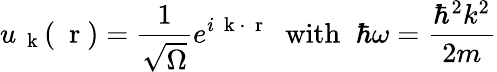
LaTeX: u_{\mathrm{~\mathbf~k~}}(\mathrm{~\mathbf~r~})=\frac{1}{\sqrt{\Omega}}e^{i\mathrm{~\mathbf~k~}\cdot\mathrm{~\mathbf~r~}}\; \; \mathrm{with}\; \; \hbar\omega=\frac{\hbar^{2}k^{2}}{2m}